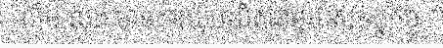
លឹម លុង មានការឃុបឃិតជាមួយសមត្ថកិច្ច